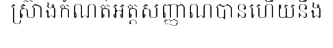
ស្រ៊ាងកំណត់អត្តសញ្ញាណបានហើយនឹង